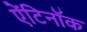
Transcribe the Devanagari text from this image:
ऐंटिनॉक